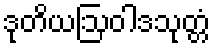
ဒုတိယဩဝါဒသုတ္တံ